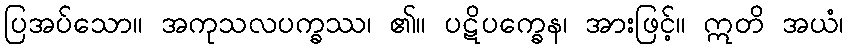
ပြအပ်သော။ အကုသလပက္ခဿ၊ ၏။ ပဋိပက္ခေန၊ အားဖြင့်။ ဣတိ အယံ၊